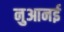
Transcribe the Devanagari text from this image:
नुआनई